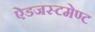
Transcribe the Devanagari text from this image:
ऐडजस्टमेण्ट